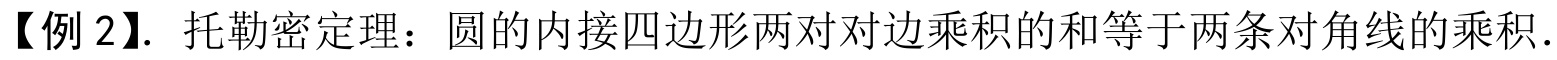
【例 2】. 托勒密定理：圆的内接四边形两对对边乘积的和等于两条对角线的乘积．